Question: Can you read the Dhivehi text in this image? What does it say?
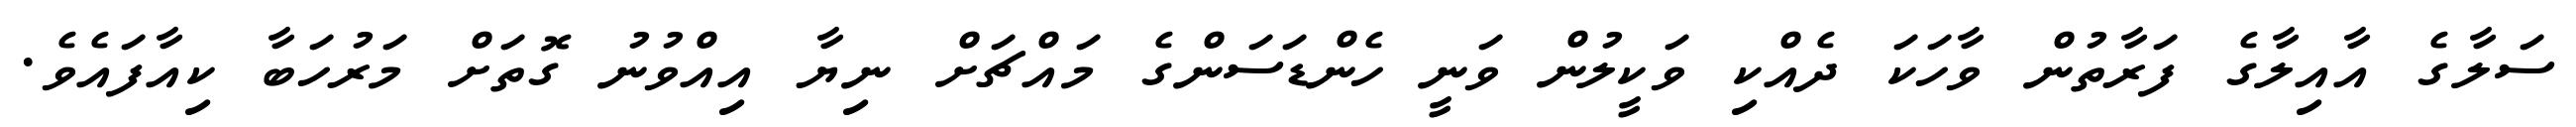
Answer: ސަލާގެ އާއިލާގެ ފަރާތުން ވާހަކަ ދެއްކި ވަކީލުން ވަނީ ހެންޑަސަންގެ މައްޗަށް ނިޔާ އިއްވުނު ގޮތަށް މަރުހަބާ ކިއާފައެވެ.